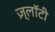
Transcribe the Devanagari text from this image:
ज़्लॉटी